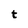
Character: t